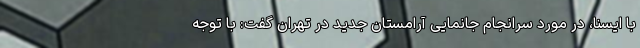
با ایسنا، در مورد سرانجام جانمایی آرامستان جدید در تهران گفت: با توجه